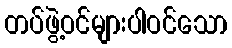
တပ်ဖွဲ့ဝင်များပါဝင်သော